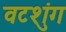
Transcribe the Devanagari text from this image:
वटशुंग